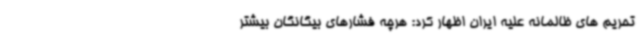
تحریم های ظالمانه علیه ایران اظهار کرد: هرچه فشارهای بیگانگان بیشتر